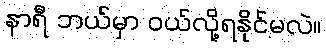
နာရီ ဘယ်မှာ ဝယ်လို့ရနိုင်မလဲ။